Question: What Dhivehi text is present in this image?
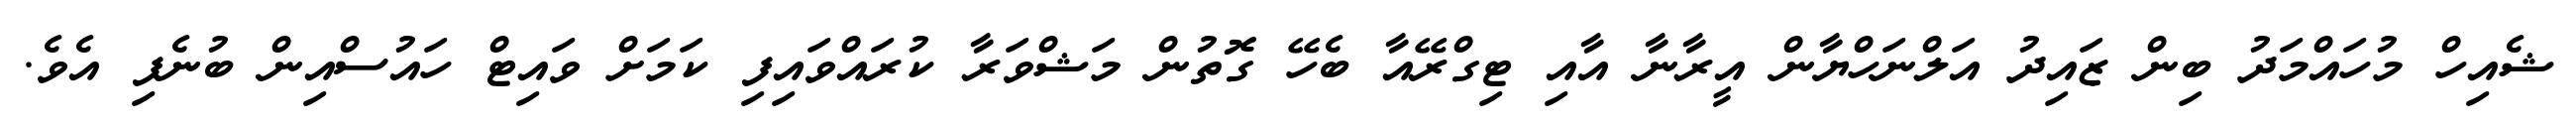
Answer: ޝެއިހް މުހައްމަދު ބިން ޒައިދު އަލްނަހްޔާން އީރާނާ އާއި ޓިގްރޭއާ ބެހޭ ގޮތުން މަޝްވަރާ ކުރައްވައިފި ކަމަށް ވައިޓް ހައުސްއިން ބުނެފި އެވެ.